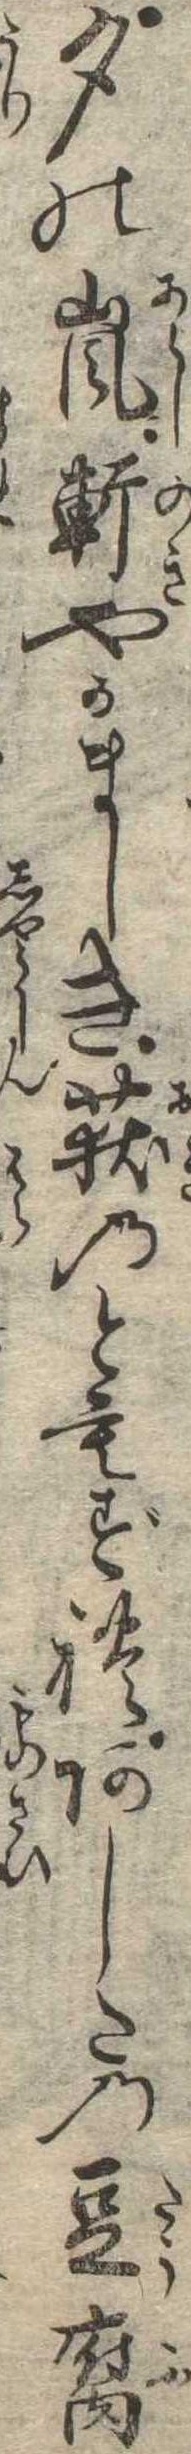
夕の嵐軒やかましき荻のともずれあしたの豆腐